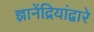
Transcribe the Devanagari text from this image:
ज्ञानेंद्रियांद्वारे